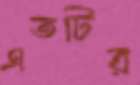
এতটির